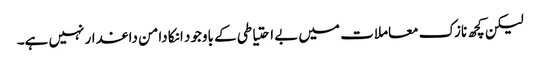
لیکن کچھ نازک معاملات میں بے احتیاطی کے باوجود انکا دامن داغدار نہیں ہے۔